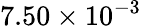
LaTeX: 7.50\times 10^{-3}